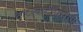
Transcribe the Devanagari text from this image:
वाटाघाटींप्रमाणे